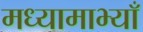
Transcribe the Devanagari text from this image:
मध्यामाभ्याँ